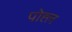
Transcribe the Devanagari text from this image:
पोह्ल